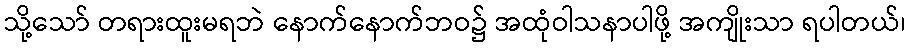
သို့သော် တရားထူးမရဘဲ နောက်နောက်ဘဝ၌ အထုံဝါသနာပါဖို့ အကျိုးသာ ရပါတယ်၊